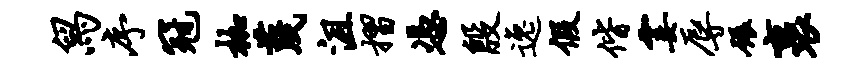
舄序冠枷蔑沮摺凭殷逸假偕霎辱碾裹